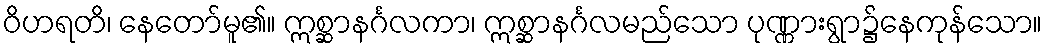
ဝိဟရတိ၊ နေတော်မူ၏။ ဣစ္ဆာနင်္ဂလကာ၊ ဣစ္ဆာနင်္ဂလမည်သော ပုဏ္ဏားရွာ၌နေကုန်သော။